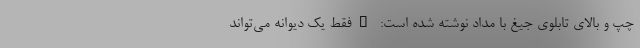
چپ و بالای تابلوی جیغ با مداد نوشته شده است: "فقط یک دیوانه می‌تواند